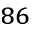
_ { 8 6 }